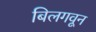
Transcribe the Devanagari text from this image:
बिलगवून